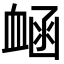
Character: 𧖾